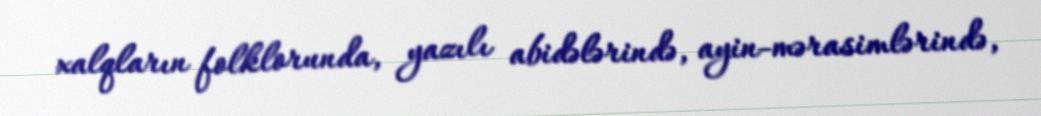
xalqların folklorunda, yazılı abidələrində, ayin-mərasimlərində,